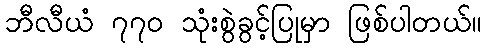
ဘီလီယံ ၇၇၀ သုံးစွဲခွင့်ပြုမှာ ဖြစ်ပါတယ်။